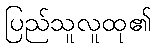
ပြည်သူလူထု၏